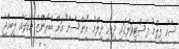
ސާކް ފިލްމު ފެސްޓިވަލްގައި ދިވެހި ފިލްމު "އިންސާނާ" އަށް ބްރޯންޒް މެޑަލެއް ލިބިއްޖެ